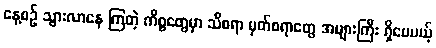
နေ့စဉ် သွားလာနေ ကြတဲ့ ကိစ္စတွေမှာ သိစရာ မှတ်စရာတွေ အများကြီး ရှိပေမယ့်